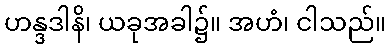
ဟန္ဒဒါနိ၊ ယခုအခါ၌။ အဟံ၊ ငါသည်။